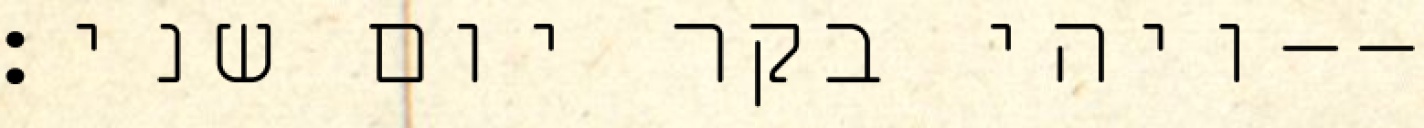
ויהי בקר יום שני׃--